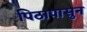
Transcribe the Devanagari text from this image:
पिठापासुन